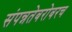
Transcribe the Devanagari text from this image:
संपन्नतेबरोबरच